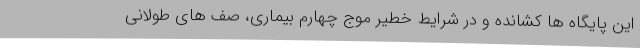
این پایگاه ها کشانده و در شرایط خطیر موج چهارم بیماری، صف های طولانی